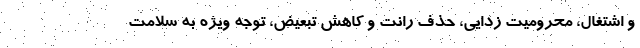
و اشتغال، محرومیت زدایی، حذف رانت و کاهش تبعیض، توجه ویژه به سلامت